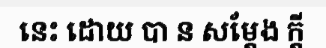
នេះ ដោយ បា ន សម្តែង ក្តី